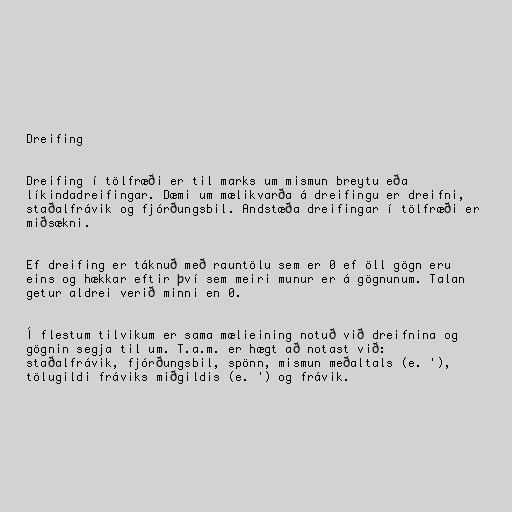
Dreifing

Dreifing í tölfræði er til marks um mismun breytu eða
líkindadreifingar. Dæmi um mælikvarða á dreifingu er dreifni,
staðalfrávik og fjórðungsbil. Andstæða dreifingar í tölfræði er
miðsækni.

Ef dreifing er táknuð með rauntölu sem er 0 ef öll gögn eru
eins og hækkar eftir því sem meiri munur er á gögnunum. Talan
getur aldrei verið minni en 0.

Í flestum tilvikum er sama mælieining notuð við dreifnina og
gögnin segja til um. T.a.m. er hægt að notast við:
staðalfrávik, fjórðungsbil, spönn, mismun meðaltals (e. '),
tölugildi fráviks miðgildis (e. ') og frávik.